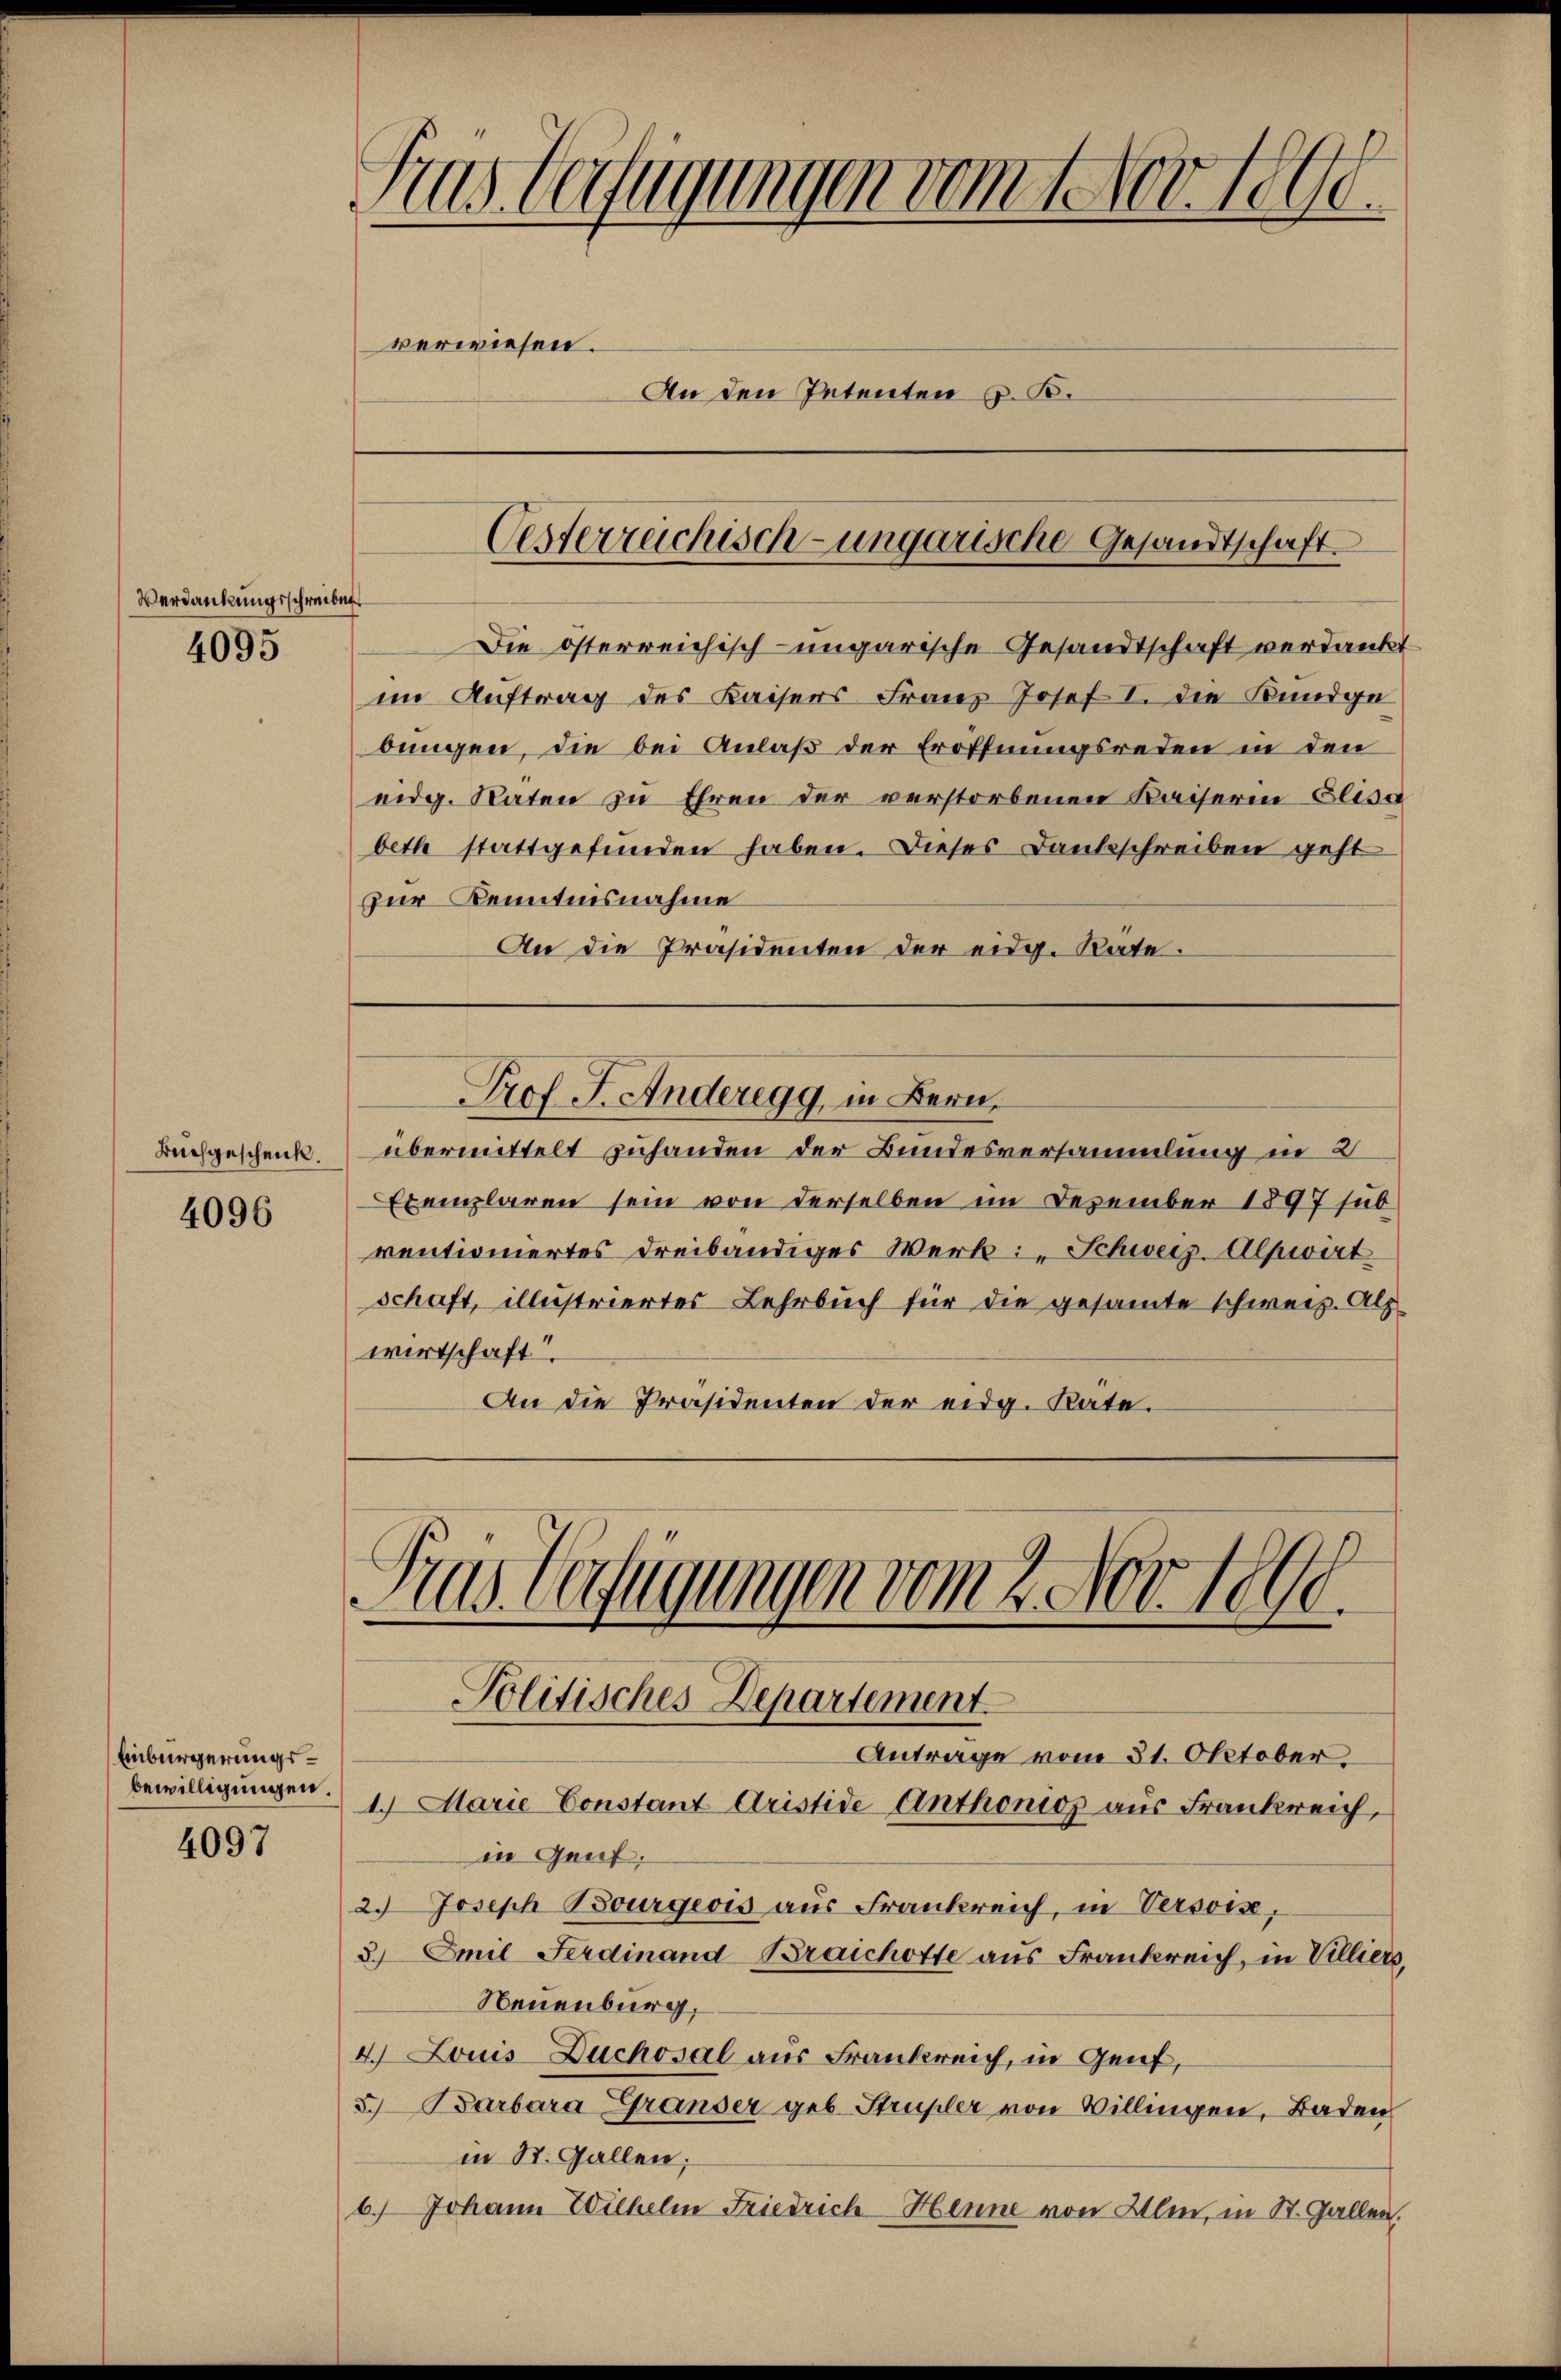
Verdankungsschreiben

4095

Buchgeschenk.

4096

Einbürgerungs¬

4097

Aras beifügungen vom 1 Nov. 1890.
verwiesen.
An den Petenten z. B.

Oesterreichisch-ungarische Gesandtschaft.

Die österreichisch-ungarische Gesandtschaft verdankt
im Auftrag des Kaisers Franz Josef I. die Kundge
bungen, die bei Anlaß der Eröffnungsreden in den
eidg. Raten zu Ehren der verstorbenen Kaiserin Elisa
beth stattgefunden haben. Dieses Dankschreiben geht
zur Kenntnisnahme
An die Präsidenten der eidg. Räte.

Prof. J. Anderegg, in Bern.

übermittelt zuhanden der Bundesversammlung in 2
Exemplaren sein von derselben im Dezember 1897 sub-
ventioniertes dreibändiges Werk: Schweiz-Alpwirt
schaft, illustriertes Lehrbuch für die gesamte schweiz. Alp
wirtschaft.
An die Präsidenten der eidg. Rate.

Fras befügungen vom 2. Nov. 1890.
Politisches Departement

Antrage vom 21. Oktober
bewilligungen. 1. Marie Constant Aristide Anthonios aus Frankreich,
in Genf,
2.) Joseph Bourgeois aus Frankreich, in Versois,
3.) Emil Ferdinand Braichotte aus Frankreich, in Villiers,
Neuenburg,
4. Louis Duchosal aus Frankreich, in Genf,
3.) Barbara Granser geb. Strupler von Willingen, Baden
in St. Gallen;
6.) Johann Wilhelm Friedrich-Henne von Alen, in St. Gallen.